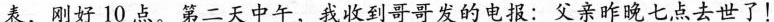
表，刚好10点。第二天中午，我收到哥哥发的电报：父亲昨晚七点去世了！